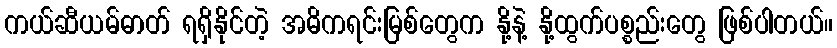
ကယ်ဆီယမ်ဓာတ် ရရှိနိုင်တဲ့ အဓိကရင်းမြစ်တွေက နို့နဲ့ နို့ထွက်ပစ္စည်းတွေ ဖြစ်ပါတယ်။